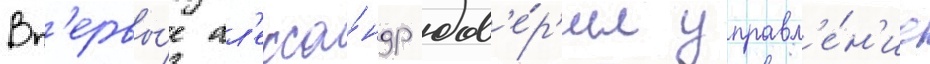
Вп'ервы́е ал'екса́ндр дов'е́р'ил управл'е́н'ие